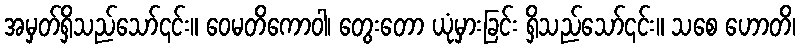
အမှတ်ရှိသည်သော်၎င်း။ ဝေမတိကောဝါ၊ တွေးတော ယုံမှားခြင်း ရှိသည်သော်၎င်း။ သစေ ဟောတိ၊